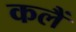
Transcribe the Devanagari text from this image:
कलैं